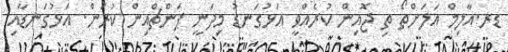
ޑރ.އާލިމް އަލަށްތޯ ތި ޖޮއިން ކުރެއްވީ އަޅުގަނޑު މިދަނީ ޕަންޗްއިން ކުރަން. އަޅުގަނޑާއި